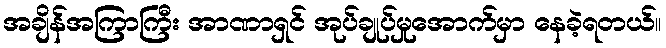
အချိန်အကြာကြီး အာဏာရှင် အုပ်ချုပ်မှုအောက်မှာ နေခဲ့ရတယ်။